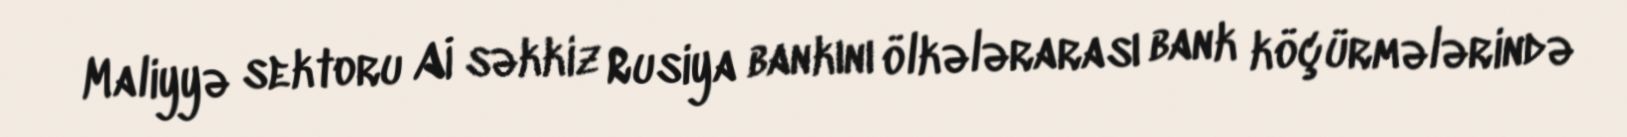
Maliyyə sektoru Aİ səkkiz Rusiya bankını ölkələrarası bank köçürmələrində